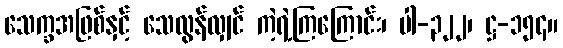
သေက္ခအဖြစ်နှင့် သေလွန်လျှင် ကဲ့ရဲ့ကြကြောင်း၊ ပါ-၃၂၂၊ ဋ္ဌ-၁၅၄။